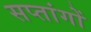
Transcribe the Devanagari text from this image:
सप्तांगों